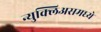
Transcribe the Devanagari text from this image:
न्युक्लिअसमध्ये